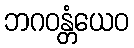
ဘဂဝန္တံယေဝ